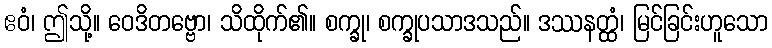
ဧဝံ၊ ဤသို့။ ဝေဒိတဗ္ဗော၊ သိထိုက်၏။ စက္ခု၊ စက္ခုပသာဒသည်။ ဒဿနတ္ထံ၊ မြင်ခြင်းဟူသော